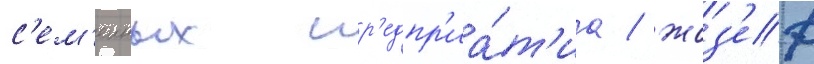
с'ем'еиных пр'едпр'иа́т'иа / жоз'еф